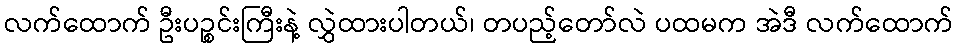
လက်ထောက် ဦးပဉ္စင်းကြီးနဲ့ လွှဲထားပါတယ်၊ တပည့်တော်လဲ ပထမက အဲဒီ လက်ထောက်